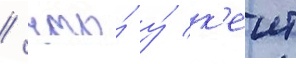
/ что́ у́ к'еит